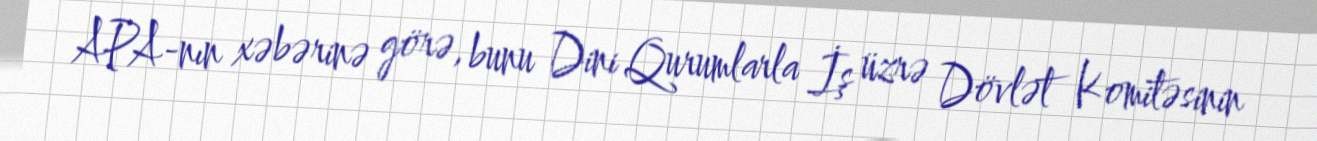
APA-nın xəbərinə görə, bunu Dini Qurumlarla İş üzrə Dövlət Komitəsinin